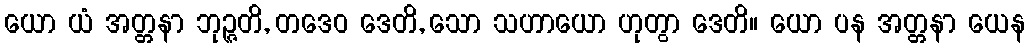
ယော ယံ အတ္တနာ ဘုဉ္ဇတိ, တဒေဝ ဒေတိ, သော သဟာယော ဟုတွာ ဒေတိ။ ယော ပန အတ္တနာ ယေန